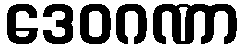
ဒေဝဂဏာ